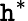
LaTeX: \mathtt{h}^{*}